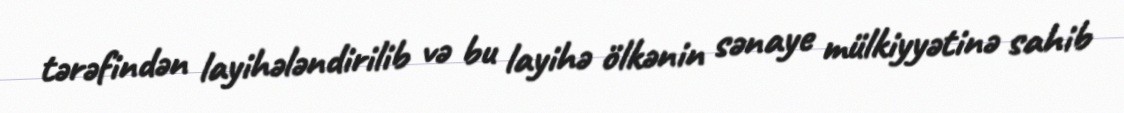
tərəfindən layihələndirilib və bu layihə ölkənin sənaye mülkiyyətinə sahib